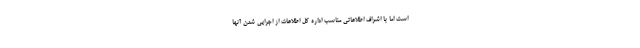
است اما با اشراف اطلاعاتی مناسب اداره کل اطلاعات از اجرایی شدن آنها